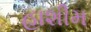
હાશીમ